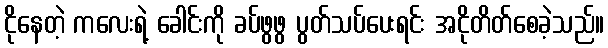
ငိုနေတဲ့ ကလေးရဲ့ ခေါင်းကို ခပ်ဖွဖွ ပွတ်သပ်ပေးရင်း အငိုတိတ်စေခဲ့သည်။